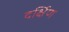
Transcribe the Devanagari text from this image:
दर्क्षिण